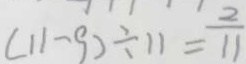
( 1 1 - 9 ) \div 1 1 = \frac { 2 } { 1 1 }